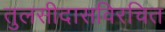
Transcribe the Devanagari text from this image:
तुलसीदासविरचित